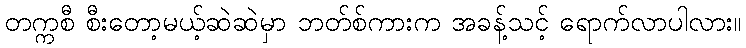
တက္ကစီ စီးတော့မယ့်ဆဲဆဲမှာ ဘတ်စ်ကားက အခန့်သင့် ရောက်လာပါလား။